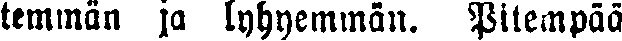
temmän ja lyhyemmän. Pitempää